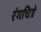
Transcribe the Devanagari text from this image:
रंगचित्रे